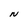
Character: N